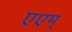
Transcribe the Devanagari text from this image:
एएम्